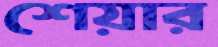
শেয়ার